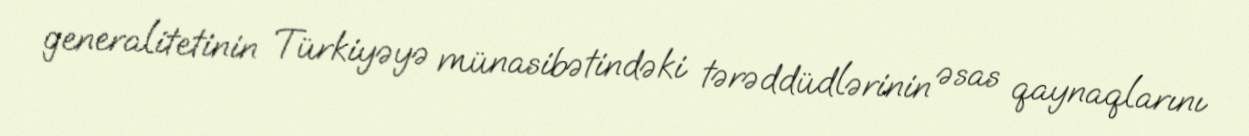
generalitetinin Türkiyəyə münasibətindəki tərəddüdlərinin əsas qaynaqlarını